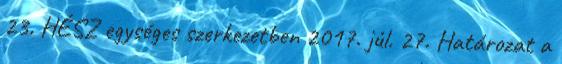
23. HÉSZ egységes szerkezetben 2017. júl. 27. Határozat a